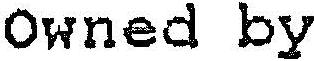
OWNED BY